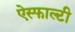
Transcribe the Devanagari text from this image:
ऐस्फाल्टी